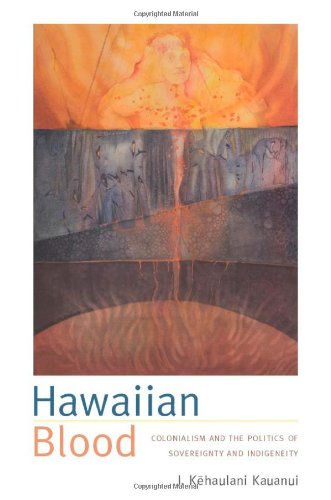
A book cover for Hawaiian Blood: Colonialism and the Politics of Sovereignty and Indigeneity (Narrating Native Histories); J. Kehaulani Kauanui; Law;